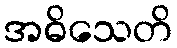
အဓိသေတိ